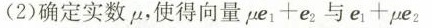
（2)确定实数μ，使得向量$$μ e _ { 1 } + e _{ 2 }与e _ { 1 } + μ e _ { 2 }$$